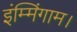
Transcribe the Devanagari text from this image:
इंम्मिंगाम।